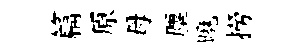
篇原母塵曉撈